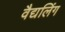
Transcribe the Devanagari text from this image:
वैद्यलिंग